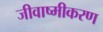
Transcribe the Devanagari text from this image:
जीवाष्मीकरण